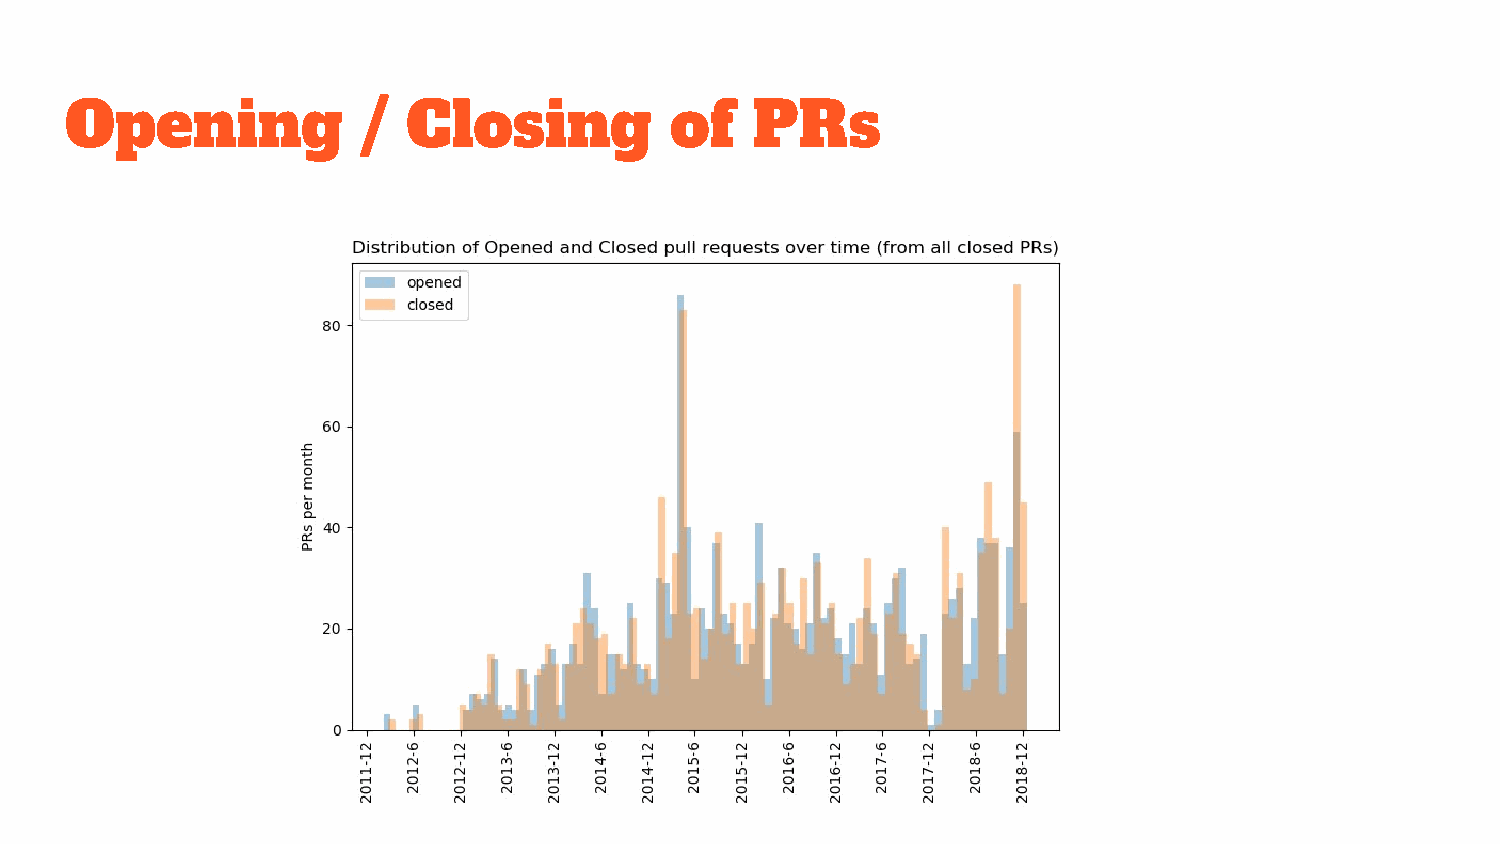
Opening             /  Closing          of    PRs